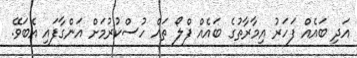
އަދި ބައެއް ފަހަރު އިމާރާތުގެ ބައެއް ފްލޯ ތައް ހުސްކުރުމަށް އަންގާފައި އެބަވޭ.